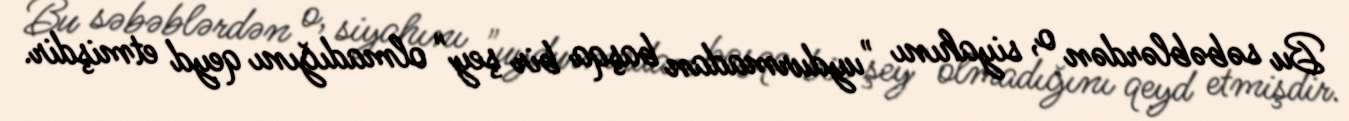
Bu səbəblərdən o, siyahını "uydurmadan başqa bir şey" olmadığını qeyd etmişdir.